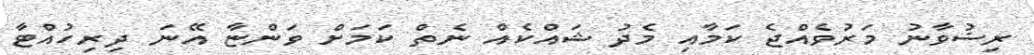
ރިޟުވާނު މަރުވެއްޖެ ކަމާއި މެދު ޝައްކެއް ނެތް ކަމަށް ވަންޏާ އޭނަ ދިރިހުއްޓާ